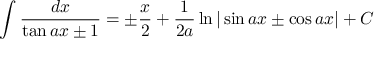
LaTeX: \int { \frac { d x } { \tan a x \pm 1 } } = \pm { \frac { x } { 2 } } + { \frac { 1 } { 2 a } } \ln | \sin a x \pm \cos a x | + C